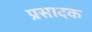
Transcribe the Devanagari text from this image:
प्रसादक